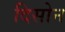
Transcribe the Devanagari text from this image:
दिसोन